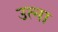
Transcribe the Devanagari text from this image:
उत्ना